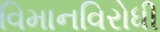
વિમાનવિરોધી